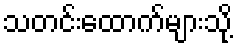
သတင်းထောက်များသို့